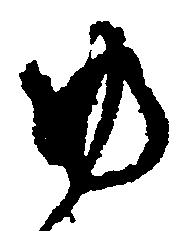
ゆ